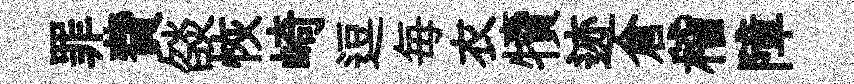
罪費燄恢崎逗毎衣犢迹倉稽障